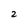
Character: 2